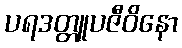
ပရဒတ္တူပဇီဝိနော